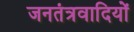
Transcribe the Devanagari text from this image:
जनतंत्रवादियों